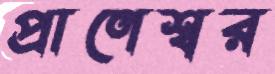
প্রাণেশ্বর